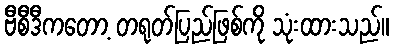
ဗီစီဒီကတော့ တရုတ်ပြည်ဖြစ်ကို သုံးထားသည်။